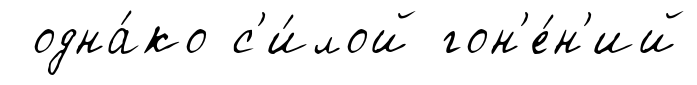
одна́ко с'и́лой гон'е́н'ий